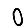
Digit: 0